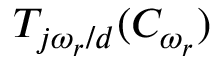
T _ { j \omega _ { r } / d } ( C _ { \omega _ { r } } )